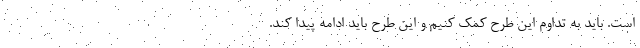
است. باید به تداوم این طرح کمک کنیم و این طرح باید ادامه پیدا کند.